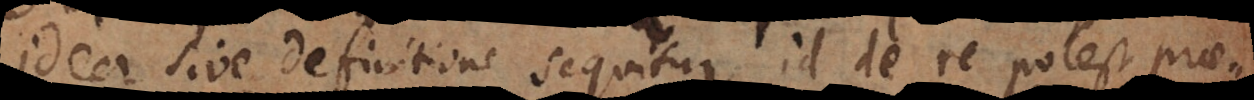
idea sive definitione sequitur, id de re potest prae